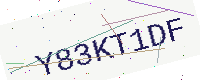
Text: Y83KT1DF